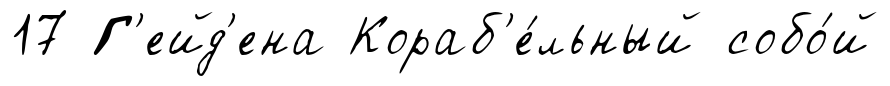
17 Г'ейд'ена Кораб'е́льный собо́й